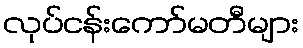
လုပ်ငန်းကော်မတီများ